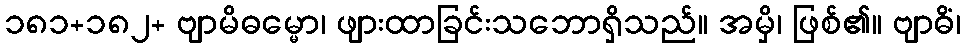
၁၈၁+၁၈၂+ ဗျာမိဓမ္မော၊ ဖျားထာခြင်းသဘောရှိသည်။ အမှိ၊ ဖြစ်၏။ ဗျာဓိံ၊